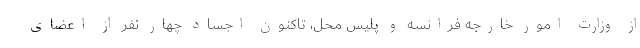
از وزارت امور خارجه فرانسه و پلیس محل، تاکنون اجساد چهار نفر از اعضای